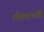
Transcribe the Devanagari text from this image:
मीलापप्ती